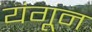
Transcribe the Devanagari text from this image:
यंगून